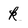
Character: k